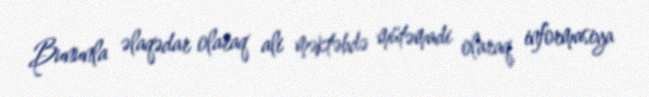
Bununla əlaqədar olaraq ali məktəbdə mütəmadi olaraq informasiya